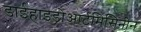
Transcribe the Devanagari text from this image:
डाईहाइड्रोआर्टमिसिनीन